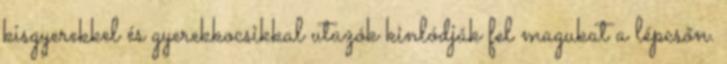
kisgyerekkel és gyerekkocsikkal utazók kinlódják fel magukat a lépcsőn.